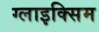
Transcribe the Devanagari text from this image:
ग्लाइक्सिम